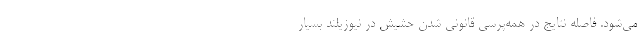
می‌شود. فاصله نتایج در همه‌پرسی قانونی شدن حشیش در نیوزیلند بسیار